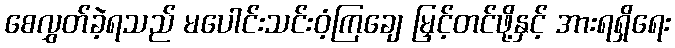
စေလွှတ်ခဲ့ရသည် မပေါင်းသင်းဝံ့ကြချေ မြှင့်တင်ဖို့နှင့် အားရရှိရေး